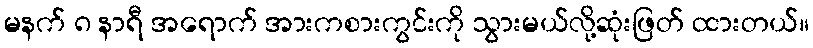
မနက် ၈ နာရီ အရောက် အားကစားကွင်းကို သွားမယ်လို့ဆုံးဖြတ် ထားတယ်။